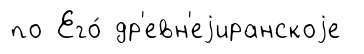
по Его́ др'евн'еjиранскоjе